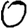
Digit: 0